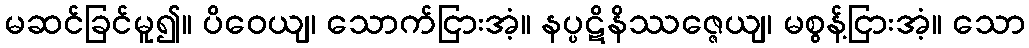
မဆင်ခြင်မူ၍။ ပိဝေယျ၊ သောက်ငြားအံ့။ နပ္ပဋိနိဿဇ္ဇေယျ၊ မစွန့်ငြားအံ့။ သော